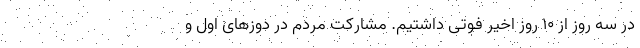
در سه روز از ۱۰ روز اخیر فوتی داشتیم. مشارکت مردم در دوزهای اول و